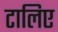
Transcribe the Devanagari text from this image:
टालिए